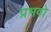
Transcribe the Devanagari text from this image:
प्रभवो